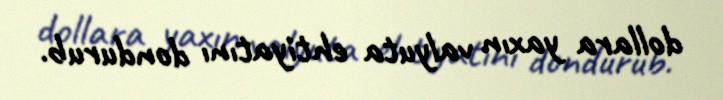
dollara yaxın valyuta ehtiyatını dondurub.